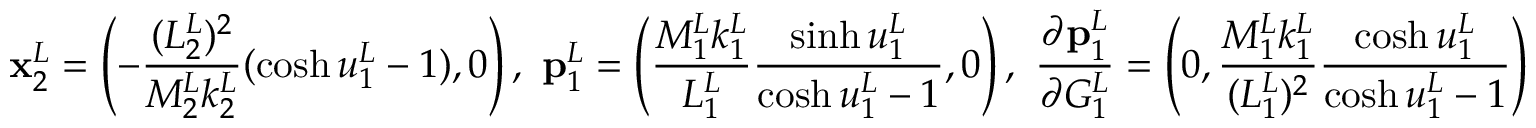
\mathbf { x } _ { 2 } ^ { L } = \left( - \frac { ( L _ { 2 } ^ { L } ) ^ { 2 } } { M _ { 2 } ^ { L } k _ { 2 } ^ { L } } ( \cosh u _ { 1 } ^ { L } - 1 ) , 0 \right) , \ \mathbf { p } _ { 1 } ^ { L } = \left( \frac { M _ { 1 } ^ { L } k _ { 1 } ^ { L } } { L _ { 1 } ^ { L } } \frac { \sinh u _ { 1 } ^ { L } } { \cosh u _ { 1 } ^ { L } - 1 } , 0 \right) , \ \frac { \partial \mathbf { p } _ { 1 } ^ { L } } { \partial G _ { 1 } ^ { L } } = \left( 0 , \frac { M _ { 1 } ^ { L } k _ { 1 } ^ { L } } { ( L _ { 1 } ^ { L } ) ^ { 2 } } \frac { \cosh u _ { 1 } ^ { L } } { \cosh u _ { 1 } ^ { L } - 1 } \right)